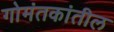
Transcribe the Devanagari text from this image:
गोमंतकांतील